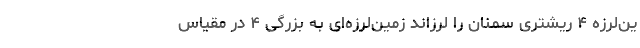
ین‌لرزه‌ ۴ ریشتری سمنان را لرزاند زمین‌لرزه‌ای به بزرگی ۴ در مقیاس